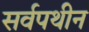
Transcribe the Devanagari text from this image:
सर्वपथीन